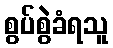
စွပ်စွဲခံရသူ